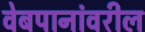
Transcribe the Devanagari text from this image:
वेबपानांवरील